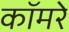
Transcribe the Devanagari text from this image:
कॉमरे